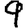
Digit: 9